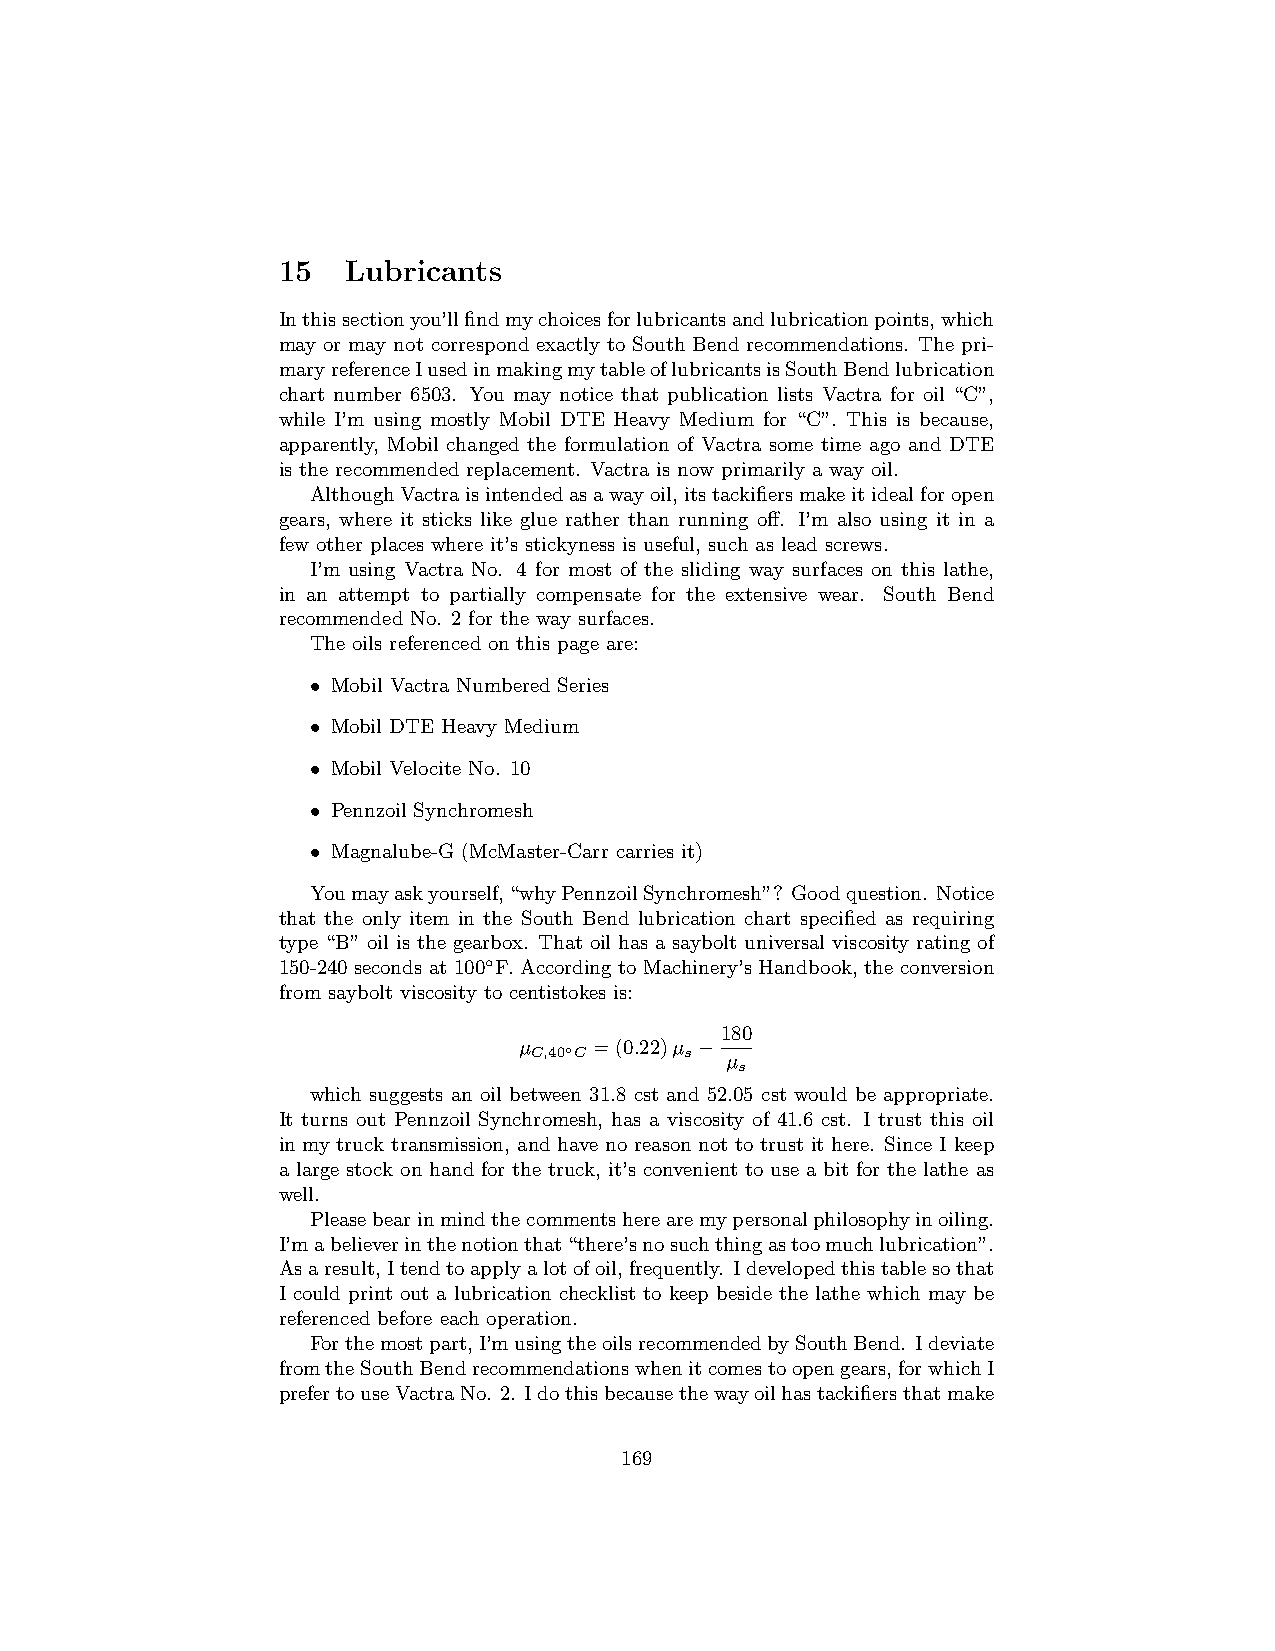
15   Lubricants
 Inthissectionyou’llfindmychoicesforlubricantsandlubricationpoints,which
 may or may not correspond exactly to South Bend recommendations. The pri-
 maryreferenceIusedinmakingmytableoflubricantsisSouthBendlubrication
 chart number 6503. You may notice that publication lists Vactra for oil “C”,
 while I’m using mostly Mobil DTE Heavy Medium for “C”. This is because,
 apparently, Mobil changed the formulation of Vactra some time ago and DTE
 is the recommended replacement. Vactra is now primarily a way oil.
 AlthoughVactraisintendedasawayoil,itstackifiersmakeitidealforopen
 gears, where it sticks like glue rather than running off. I’m also using it in a
 few other places where it’s stickyness is useful, such as lead screws.
 I’m using Vactra No. 4 for most of the sliding way surfaces on this lathe,
 in an attempt to partially compensate for the extensive wear. South Bend
 recommended No. 2 for the way surfaces.
 The oils referenced on this page are:
 • Mobil Vactra Numbered Series
 • Mobil DTE Heavy Medium
 • Mobil Velocite No. 10
 • Pennzoil Synchromesh
 • Magnalube-G (McMaster-Carr carries it)
 Youmayaskyourself,“whyPennzoilSynchromesh”? Goodquestion. Notice
 that the only item in the South Bend lubrication chart specified as requiring
 type “B” oil is the gearbox. That oil has a saybolt universal viscosity rating of
 150-240 seconds at 100◦F. According to Machinery’s Handbook, the conversion
 from saybolt viscosity to centistokes is:
 180
 µ    =(0.22)µ −
 C,40◦C    s  µ
 s
 which suggests an oil between 31.8 cst and 52.05 cst would be appropriate.
 It turns out Pennzoil Synchromesh, has a viscosity of 41.6 cst. I trust this oil
 in my truck transmission, and have no reason not to trust it here. Since I keep
 a large stock on hand for the truck, it’s convenient to use a bit for the lathe as
 well.
 Pleasebearinmindthecommentsherearemypersonalphilosophyinoiling.
 I’mabelieverinthenotionthat“there’snosuchthingastoomuchlubrication”.
 Asaresult,Itendtoapplyalotofoil,frequently. Idevelopedthistablesothat
 I could print out a lubrication checklist to keep beside the lathe which may be
 referenced before each operation.
 Forthemostpart,I’musingtheoilsrecommendedbySouthBend. Ideviate
 fromtheSouthBendrecommendationswhenitcomestoopengears,forwhichI
 prefertouseVactraNo. 2. Idothisbecausethewayoilhastackifiersthatmake
 169